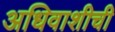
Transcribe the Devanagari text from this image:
अधिवाशीची